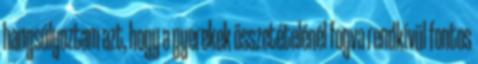
hangsúlyoztam azt, hogy a gyerekek összetételénél fogva rendkívül fontos